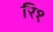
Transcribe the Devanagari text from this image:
रि१